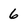
Character: 6